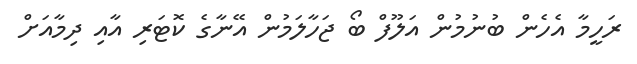
ރަހީމާ އެހެން ބުނުމުން އަލޫފް ބޯ ޖަހާލަމުން އޭނާގެ ކޮޓަރި އާއި ދިމާއަށް